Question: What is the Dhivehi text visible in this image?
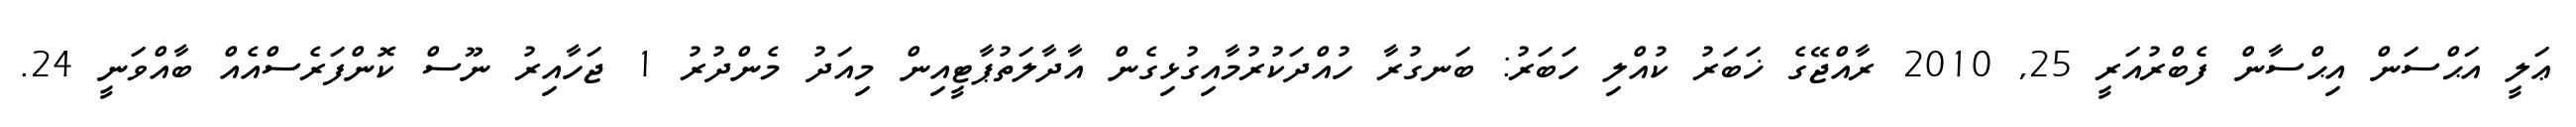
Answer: ޢަލީ އަޙްސަން އިޙްސާން ފެބްރުއަރީ 25, 2010 ރާއްޖޭގެ ޚަބަރު ކުއްލި ހަބަރު: ބަނގުރާ ހުއްދަކުރުމާއިގުޅިގެން އާދާލަތުޕާޓީއިން މިއަދު މެންދުރު 1 ޖަހާއިރު ނޫސް ކޮންފަރެސްއެއް ބާއްވަނީ 24.